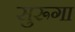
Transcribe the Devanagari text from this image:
सुरूगा